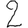
Digit: 2